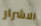
الاشرار